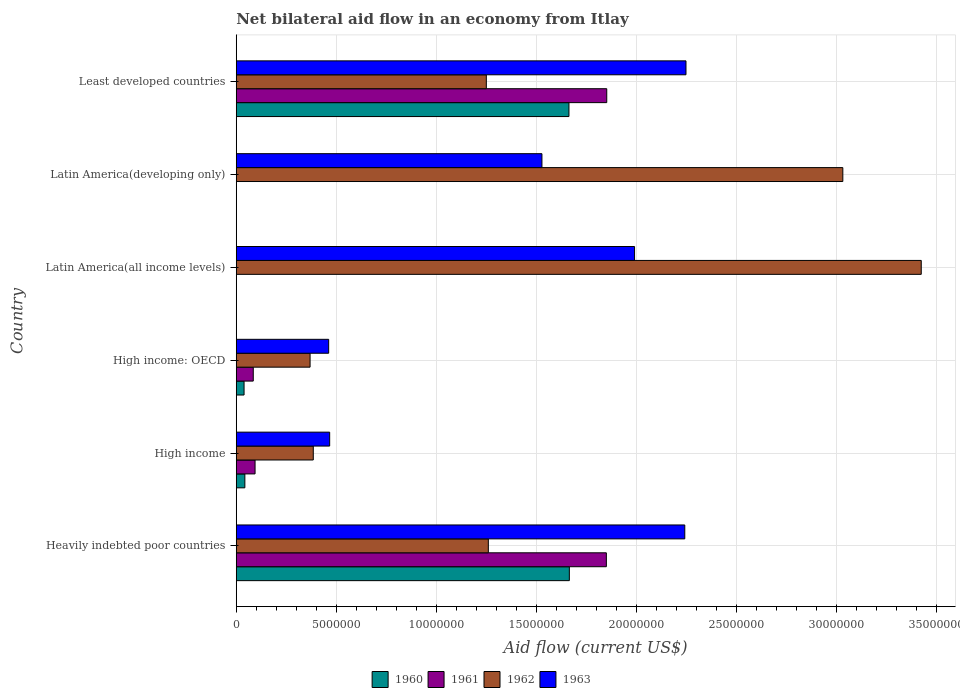
| Country | 1960 | 1961 | 1962 | 1963 |
 | --- | --- | --- | --- | --- |
 | Heavily indebted poor countries | 1.66e+07 | 1.85e+07 | 1.26e+07 | 2.24e+07 |
 | High income | 4.3e+05 | 9.4e+05 | 3.85e+06 | 4.67e+06 |
 | High income: OECD | 3.9e+05 | 8.5e+05 | 3.69e+06 | 4.62e+06 |
 | Latin America(all income levels) | -1.2e+06 | -4.8e+06 | 3.42e+07 | 1.99e+07 |
 | Latin America(developing only) | -1.54e+06 | -5.78e+06 | 3.03e+07 | 1.53e+07 |
 | Least developed countries | 1.66e+07 | 1.85e+07 | 1.25e+07 | 2.25e+07 |